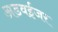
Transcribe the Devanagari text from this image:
अडवईजर